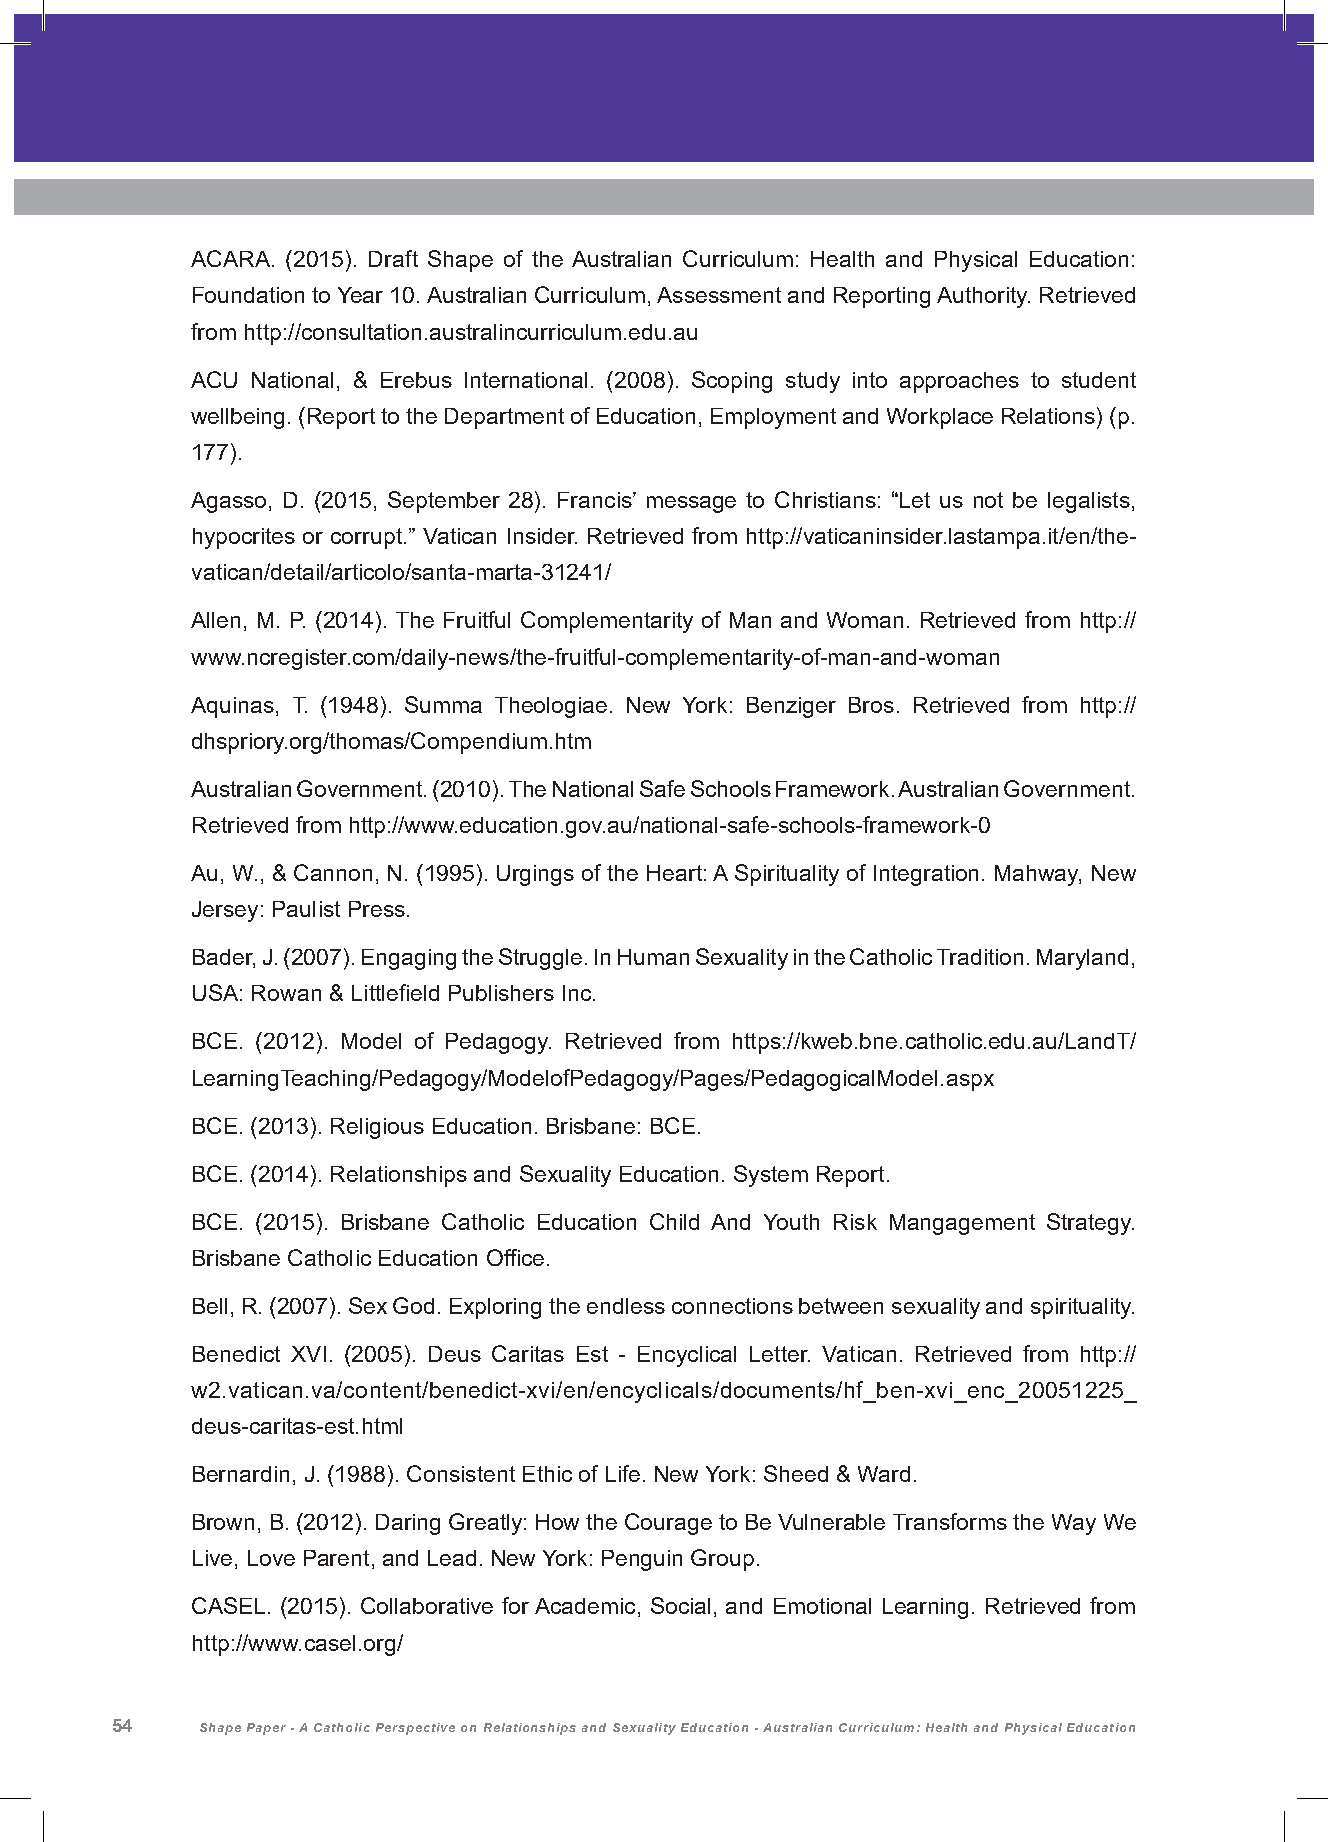
ACARA. (2015). Draft Shape of the Australian Curriculum: Health and Physical Education:
 Foundation to Year 10. Australian Curriculum, Assessment and Reporting Authority. Retrieved
 from http://consultation.australincurriculum.edu.au
 ACU National, & Erebus International. (2008). Scoping study into approaches to student
 wellbeing. (Report to the Department of Education, Employment and Workplace Relations) (p.
 177).
 Agasso, D. (2015, September 28). Francis’ message to Christians: “Let us not be legalists,
 hypocrites or corrupt.” Vatican Insider. Retrieved from http://vaticaninsider.lastampa.it/en/the-
 vatican/detail/articolo/santa-marta-31241/
 Allen, M. P. (2014). The Fruitful Complementarity of Man and Woman. Retrieved from http://
 www.ncregister.com/daily-news/the-fruitful-complementarity-of-man-and-woman
 Aquinas, T. (1948). Summa Theologiae. New York: Benziger Bros. Retrieved from http://
 dhspriory.org/thomas/Compendium.htm
 Australian Government. (2010). The National Safe Schools Framework. Australian Government.
 Retrieved from http://www.education.gov.au/national-safe-schools-framework-0
 Au, W., & Cannon, N. (1995). Urgings of the Heart: A Spirituality of Integration. Mahway, New
 Jersey: Paulist Press.
 Bader, J. (2007). Engaging the Struggle. In Human Sexuality in the Catholic Tradition. Maryland,
 USA: Rowan & Littlefield Publishers Inc.
 BCE. (2012). Model of Pedagogy. Retrieved from https://kweb.bne.catholic.edu.au/LandT/
 LearningTeaching/Pedagogy/ModelofPedagogy/Pages/PedagogicalModel.aspx
 BCE. (2013). Religious Education. Brisbane: BCE.
 BCE. (2014). Relationships and Sexuality Education. System Report.
 BCE. (2015). Brisbane Catholic Education Child And Youth Risk Mangagement Strategy.
 Brisbane Catholic Education Office.
 Bell, R. (2007). Sex God. Exploring the endless connections between sexuality and spirituality.
 Benedict XVI. (2005). Deus Caritas Est - Encyclical Letter. Vatican. Retrieved from http://
 w2.vatican.va/content/benedict-xvi/en/encyclicals/documents/hf_ben-xvi_enc_20051225_
 deus-caritas-est.html
 Bernardin, J. (1988). Consistent Ethic of Life. New York: Sheed & Ward.
 Brown, B. (2012). Daring Greatly: How the Courage to Be Vulnerable Transforms the Way We
 Live, Love Parent, and Lead. New York: Penguin Group.
 CASEL. (2015). Collaborative for Academic, Social, and Emotional Learning. Retrieved from
 http://www.casel.org/
 54    Shape Paper - A Catholic Perspective on Relationships and Sexuality Education - Australian Curriculum: Health and Physical Education